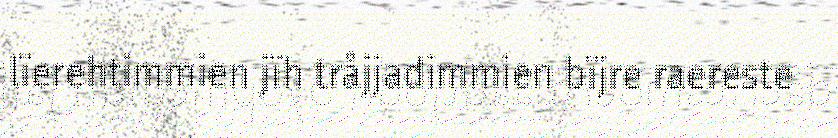
lïerehtimmien jïh tråjjadimmien bïjre raereste